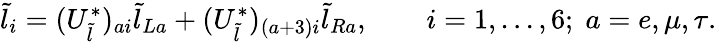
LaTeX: \tilde{l}_{i}=(U_{\tilde{l}}^{*})_{ai}\tilde{l}_{La}+(U_{\tilde{l}}^{*})_{(a+3)i}\tilde{l}_{Ra},\quad\quad i=1,...,6;\; a=e,\mu,\tau.